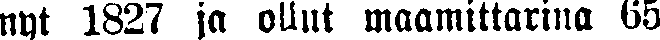
nyt 1827 ja ollut maamittarina 65